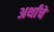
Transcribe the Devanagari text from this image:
अर्थांचे